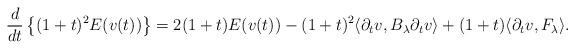
LaTeX: \begin{align*}\frac{d}{dt} \left\{(1+t)^2 E(v(t)) \right\} = 2(1+t)E(v(t)) - (1+t)^2 \langle \partial_t v, B_\lambda \partial_t v \rangle + (1+t) \langle \partial_t v, F_\lambda \rangle.\end{align*}